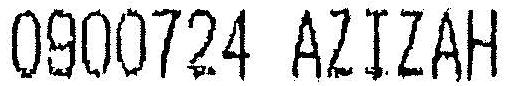
0900724 AZIZAH